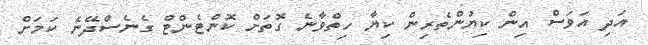
އަދި އަވަސް އިން ކިޔުންތެރިން ކިޔާ ހިތްވާނެ ގޮތަށް ކޮންޓެންޓް ގެނެސްދޭނެ ކަމަށް